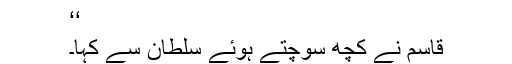
‘‘
قاسم نے کچھ سوچتے ہوئے سلطان سے کہا۔